Black-water fever - Number 35
Disease focus: Fever
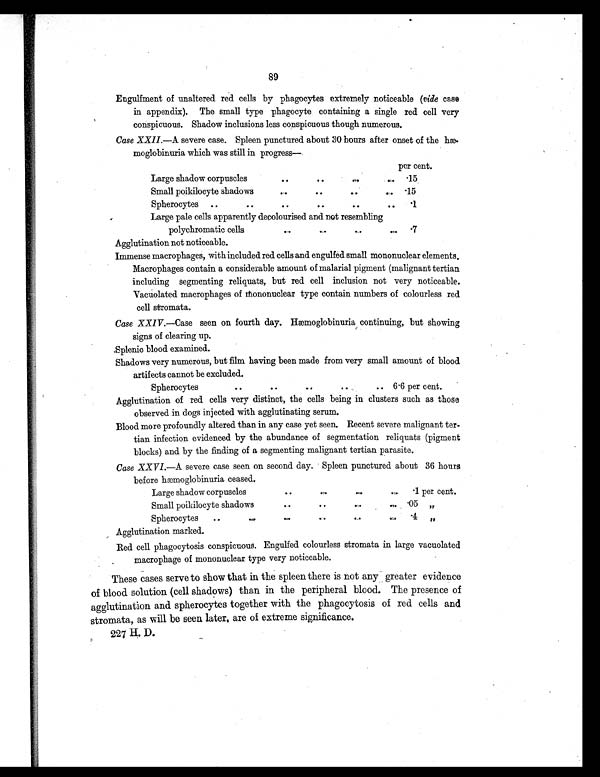
89
Engulfment of unaltered red cells by phagocytes extremely noticeable ( vide case
in appendix). The small type phagocyte containing a single red cell very
conspicuous. Shadow inclusions less conspicuous though numerous.
Case XXII. —A severe case. Spleen punctured about 30 hours after onset of the hæ-
moglobinuria which was still in progress—
per cent.
Large shadow corpuscles
..
..
..
.. .15
Small poikilocyte shadows
..
..
..
.. .15
Spherocytes
..
..
..
..
..
..
.1
Large pale cells apparently decolourised and not resembling
polychromatic cells
..
..
. .
.7
Agglutination not noticeable.
Immense macrophages, with included red cells and engulfed small mononuclear elements.
Macrophages contain a considerable amount of malarial pigment (malignant tertian
including segmenting reliquats, but red cell inclusion not very noticeable.
Vacuolated macrophages of mononuclear type contain numbers of colourless red
cell stromata.
Case XXIV. —Case seen on fourth day. Hæmoglobinuria continuing, but showing
signs of clearing up.
Splenic blood examined.
Shadows very numerous, but film having been made from very small amount of blood
artifects cannot be excluded.
Spherocytes
. .
. .
..
.. .. 6.6 per cent.
Agglutination of red cells very distinct, the cells being in clusters such as those
observed in dogs injected with agglutinating serum.
Blood more profoundly altered than in any case yet seen. Recent severe malignant ter-
tian infection evidenced by the abundance of segmentation reliquats (pigment
blocks) and by the finding of a segmenting malignant tertian parasite.
Case XXVI. —A severe case seen on second day. Spleen punctured about 36 hours
before hæmoglobinuria ceased.
Large shadow corpuscles
.. .. .. ..
.1 per cent.
Small poikilocyte shadows
. .
..
.. ..
.05 , ,
Spherocytes
..
..
..
.. ..
. 4 , ,
Agglutination marked.
Red cell phagocytosis conspicuous. Engulfed colourless stromata in large vacuolated
macrophage of mononuclear type very noticeable.
These cases serve to show that in the spleen there is not any greater evidence
of blood solution (cell shadows) than in the peripheral blood. The presence of
agglutination and spherocytes together with the phagocytosis of red cells and
stromata, as will be seen later, are of extreme significance.
227 H. D.